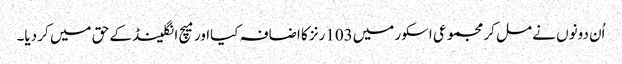
اُن دونوں نے مل کر مجموعی اسکور میں103رنز کا اضافہ کیااور میچ انگلینڈ کے حق میں کر دیا۔